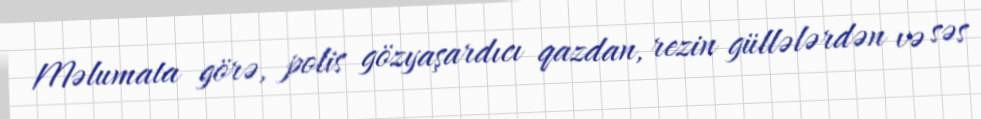
Məlumata görə, polis gözyaşardıcı qazdan, rezin güllələrdən və səs